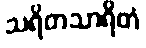
သရိတသာရိတံ